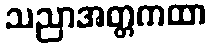
သညာအတ္တကထာ